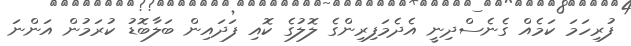
ފުރިހަމަ ކަމެއް ގެނެސްދިނީ އެދެމަފިރިންގެ ލޮލުގެ ކޮއި ފަދައިން ބަލާބޮޑު ކުރަމުން އަންނަ